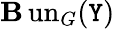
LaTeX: \operatorname{\mathbf{B}un}_{G}(\mathtt{Y})